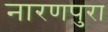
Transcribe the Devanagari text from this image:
नारणपुरा